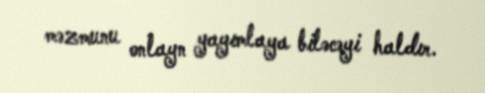
məzmunu onlayn yayımlaya biləcəyi haldır.